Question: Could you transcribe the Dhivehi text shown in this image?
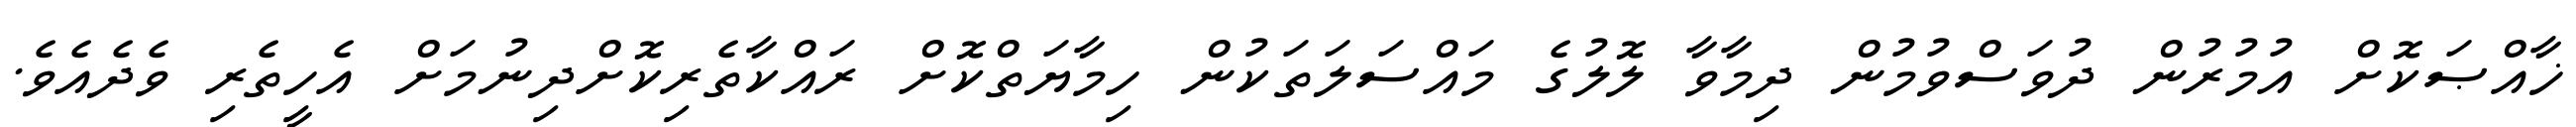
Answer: ޚާއްޞަކޮށް އުމުރުން ދުވަސްވުމުން ދިމާވާ ލޮލުގެ މައްސަލަތަކުން ހިމާޔަތްކޮށް ރައްކާތެރިކޮށްދިނުމަށް އެހީތެރި ވެދެއެވެ.